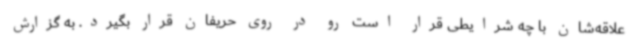
علاقه‌شان با چه شرایطی قرار است رو در روی حریفان قرار بگیرد. به گزارش